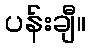
ပန်းချီ။